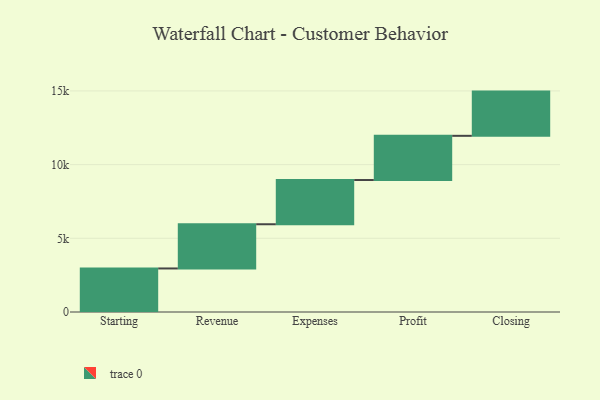
{"axis": {"x": "Step", "y": "Value"}, "legend": [""], "data": [{"x": "Starting", "y": 2954.0, "type": ""}, {"x": "Revenue", "y": 3000, "type": ""}, {"x": "Expenses", "y": 3000, "type": ""}, {"x": "Profit", "y": 3000, "type": ""}, {"x": "Closing", "y": 3000, "type": ""}]}